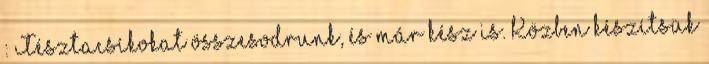
: Tésztacsíkokat összesodrunk, és már kész is. Közben készítsük